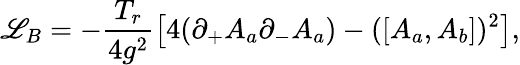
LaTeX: \mathscr{L}_{B}=-\frac{{T_{r}}}{{4g^{2}}}\left[4(\partial_{+}A_{a}\partial_{-}A_{a})-(\left[A_{a},A_{b}\right])^{2}\right],